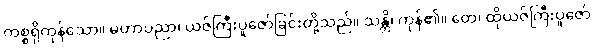
ကစ္စရှိကုန်သော။ မဟာပညာ၊ ယဇ်ကြီးပူဇော်ခြင်းတို့သည်။ သန္တိ၊ ကုန်၏။ တေ၊ ထိုယဇ်ကြီးပူဇော်